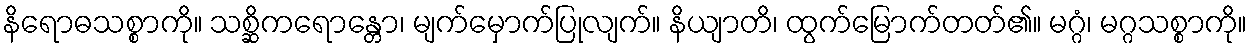
နိရောဓသစ္စာကို။ သစ္ဆိကရောန္တော၊ မျက်မှောက်ပြုလျက်။ နိယျာတိ၊ ထွက်မြောက်တတ်၏။ မဂ္ဂံ၊ မဂ္ဂသစ္စာကို။